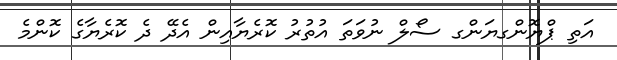
އަތި ޕްޔޮންގޔަންގ ސޯލް ނުވަތަ އުތުރު ކޮރެޔާއިން އެދޭ ދެ ކޮރެޔާގެ ކޮންމެ